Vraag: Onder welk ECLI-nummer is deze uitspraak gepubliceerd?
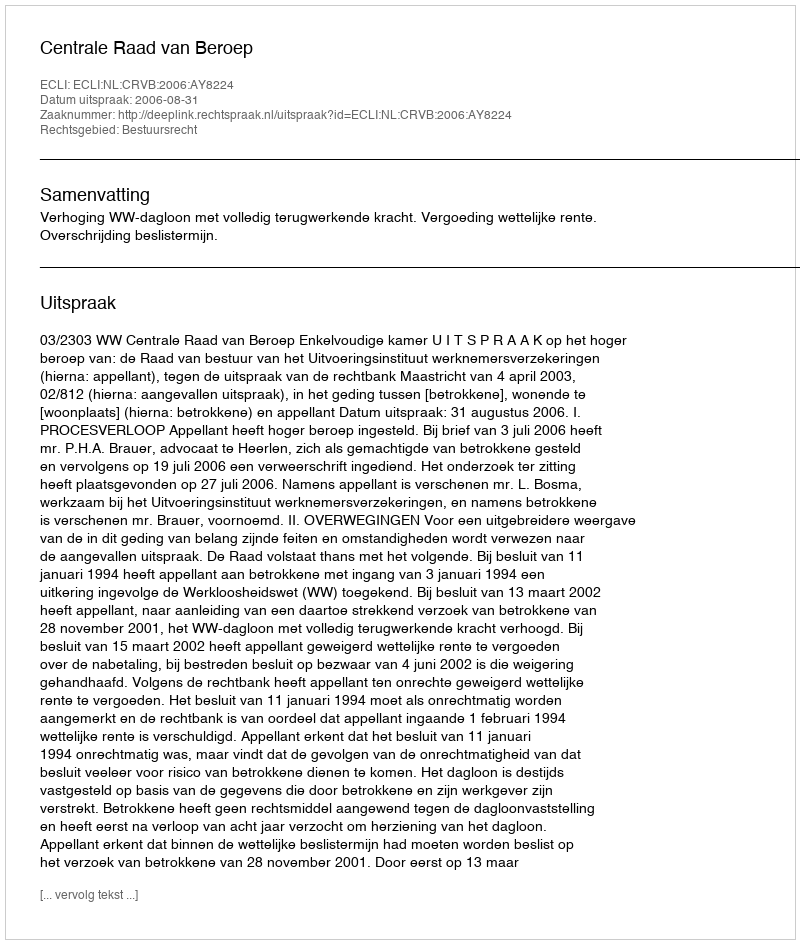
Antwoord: ECLI:NL:CRVB:2006:AY8224